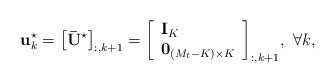
\begin{align*} {\bf{u}}_k^{\star} = {\left[ {\bf{\bar U}}^ {\star} \right]_{:,k + 1}} = {\left[ \begin{array}{l}{{\bf{I}}_K}\\{{\bf{0}}_{\left( {{M_t} - K} \right) \times K}}\end{array} \right]_{:,k + 1}}, \ \forall k, \end{align*}